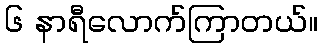
၆ နာရီလောက်ကြာတယ်။